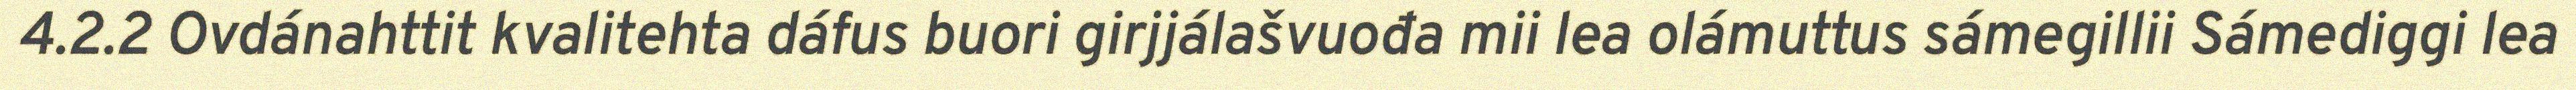
4.2.2 Ovdánahttit kvalitehta dáfus buori girjjálašvuođa mii lea olámuttus sámegillii Sámediggi lea